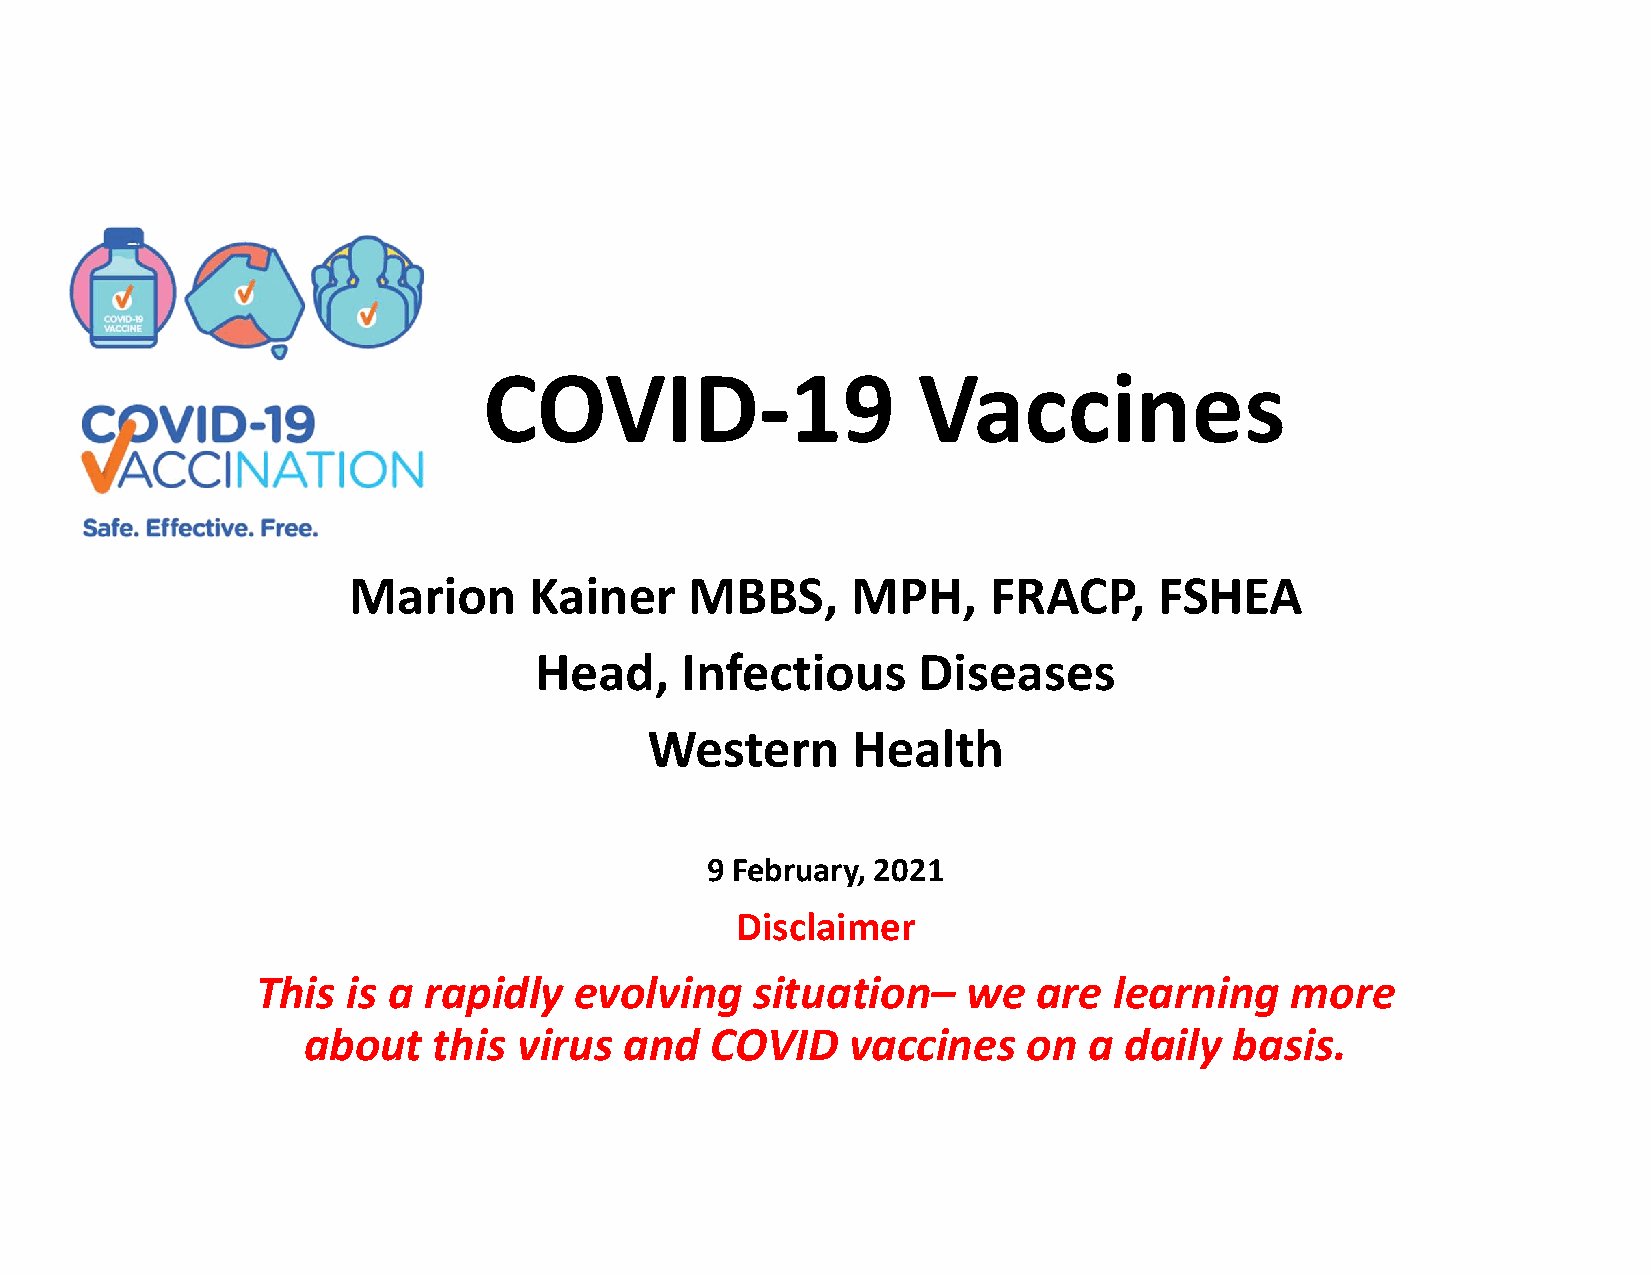
COVID-19                     Vaccines
 Marion      Kainer     MBBS,     MPH,      FRACP,     FSHEA
 Head,     Infectious      Diseases
 Western      Health
 9 February, 2021
 Disclaimer
 This  is a rapidly   evolving    situation–    we   are  learning   more
 about    this virus  and   COVID    vaccines    on  a daily   basis.